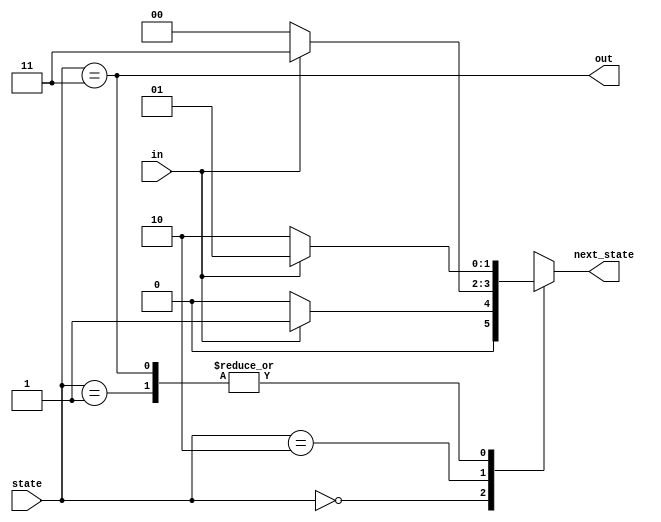
module top_module(
    input in,
    input [1:0] state,//important for comb FSM
    output [1:0] next_state,//important for comb FSM, we declare reg state,next for sync FSM; no clk either in ports
    output out); //

    parameter A=0, B=1, C=2, D=3;
    //reg rstate;//since combinational Moore FSM, no need state transition
    
    //state transitions
    always@(*) begin
        case(state)
            A: next_state=~in?A:B;
            B: next_state=~in?C:B;
            C: next_state=~in?A:D;
            D: next_state=~in?C:B;
        endcase
    end
       
    //output
    assign out =(state==D);
	
endmodule